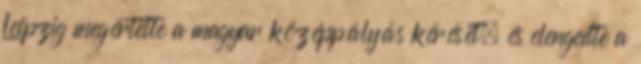
Leipzig megértette a magyar középpályás kérését, és elengedte a